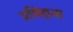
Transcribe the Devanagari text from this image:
प्रसिद्ध्ता